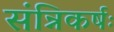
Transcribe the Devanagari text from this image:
संन्निकर्षः